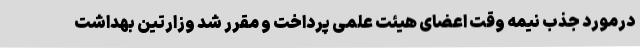
درمورد جذب نیمه وقت اعضای هیئت علمی پرداخت و مقرر شد وزارتین بهداشت